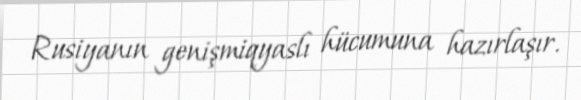
Rusiyanın genişmiqyaslı hücumuna hazırlaşır.